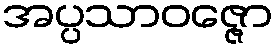
အပ္ပသာဝဇ္ဇော